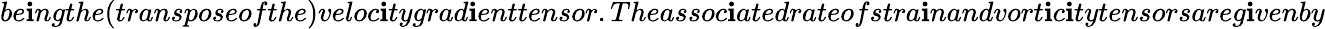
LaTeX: be\mathbf{i}ngthe(transposeofthe)veloc\mathbf{i}tygrad\mathbf{i}enttensor.Theassoc\mathbf{i}atedrateofstra\mathbf{i}nandvort\mathbf{i}c\mathbf{i}tytensorsareg\mathbf{i}venby